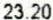
23.20